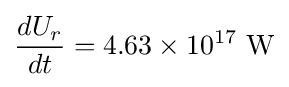
{\frac {dU_{r}}{dt}}=4.63\times 10^{17}~{\text{W}}